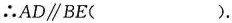
∴AD\parallel BE( ).